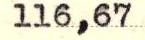
116,67